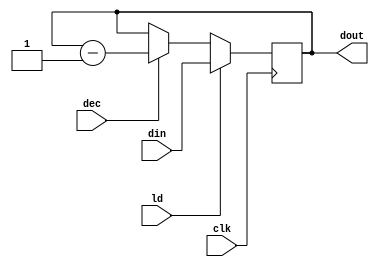
`timescale 1ns / 1ps
//////////////////////////////////////////////////////////////////////////////////
// Company: 
// Engineer: 
// 
// Design Name: 
// Module Name:    cntr 
// Project Name: 
// Target Devices: 
// Tool versions: 
// Description: 
//
// Dependencies: 
//
// Revision: 
// Revision 0.01 - File Created
// Additional Comments: 
//
//////////////////////////////////////////////////////////////////////////////////
module cntr(dout,din,ld,dec,clk);
input [15:0] din;
input ld,dec,clk;
output reg [15:0] dout;
always @ (posedge clk)
if (ld) dout<=din;
else if (dec) dout<=dout-1;

endmodule